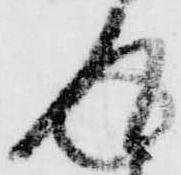
返